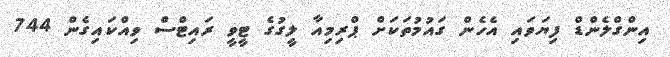
އިންގްލެންޑް ފިޔަވައި އެހެން ގައުމުތަކަށް ޕްރިމިއާ ލީގުގެ ޓީވީ ރައިޓްސް ވިއްކައިގެން 744